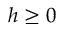
h \geq 0